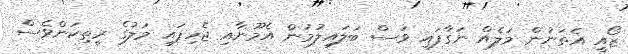
ޒޯއީ އެތަނުން މަލެއް ނަގާފައި ވަސް ބަލައިލުމުން އެމޫނާއި ޖެހިފައި މަލުގެ ރީތިކަންވެސް